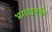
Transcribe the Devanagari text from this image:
भगवान्‌की